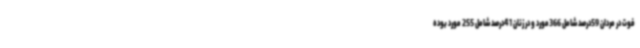
فوت در مردان 59درصد شامل 366مورد و در زنان 41درصد شامل 255 مورد بوده